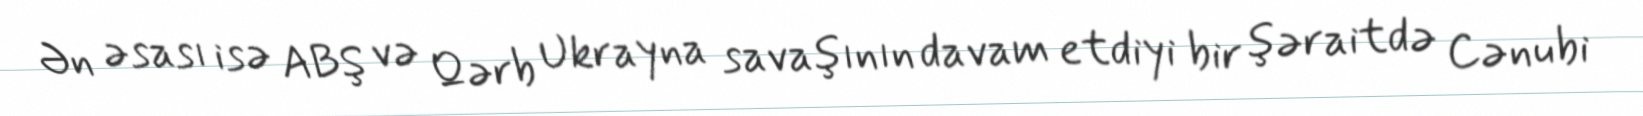
Ən əsası isə ABŞ və Qərb Ukrayna savaşının davam etdiyi bir şəraitdə Cənubi